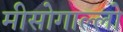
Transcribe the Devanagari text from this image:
मीसोगाल्लो